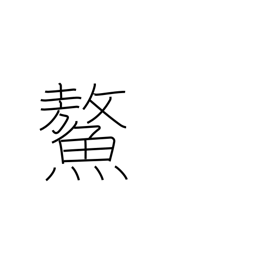
Meaning: huge sea turtle